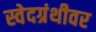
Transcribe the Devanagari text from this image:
स्वेदग्रंथीवर